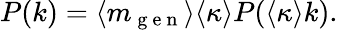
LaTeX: P(k)=\langle m_{\mathrm{~g~e~n~}}\rangle\langle\kappa\rangle P(\langle\kappa\rangle k).